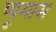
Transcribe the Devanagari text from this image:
प्यूमास